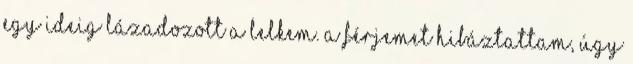
Egy ideig lázadozott a lelkem. A férjemet hibáztattam, úgy